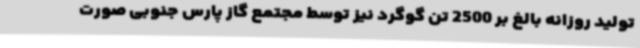
تولید روزانه بالغ بر 2500 تن گوگرد نیز توسط مجتمع گاز پارس جنوبی صورت